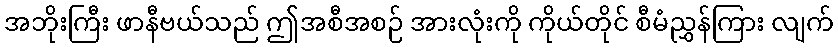
အဘိုးကြီး ဖာနီဗယ်သည် ဤအစီအစဉ် အားလုံးကို ကိုယ်တိုင် စီမံညွှန်ကြား လျက်